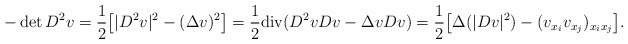
\begin{align*}-\det D^2v=\frac12\big[|D^2v|^2-(\Delta v)^2\big]=\frac12 {\rm div}(D^2vDv-\Delta v Dv)=\frac12\big[\Delta(|Dv|^2)-(v_{x_i}v_{x_j})_{x_ix_j}\big].\end{align*}